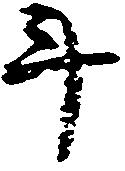
斗